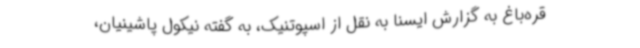
قره‌باغ به گزارش ایسنا به نقل از اسپوتنیک، به گفته نیکول پاشینیان،